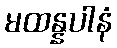
မထန္နပါနံ